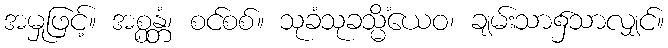
အမှုဖြင့်။ အစ္စန္တံ၊ စင်စစ်။ သုခံသုခသ္မိံယေဝ၊ ချမ်းသာ၌သာလျှင်။